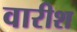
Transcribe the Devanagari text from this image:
वारीश